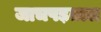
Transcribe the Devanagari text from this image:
जाचपड़ताल